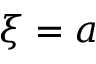
\xi = a